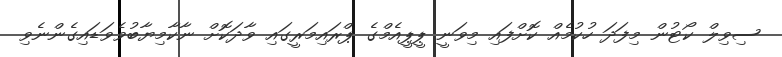
ސިވިލް ކޯޓުން މިފަދަ ހުކުމެއް ކޮށްފައި މިވަނީ ޕީޕީއެމްގެ ޕްރައިމަރީގައި ވާދަކޮށް ނާކާމިޔާބުވެވަޑައިގެންނެވި